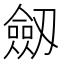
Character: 劔